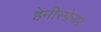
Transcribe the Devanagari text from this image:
हेमीस्फ़ेयर